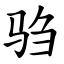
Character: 驺